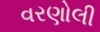
વરણોલી